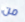
من